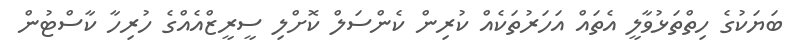
ބަޔަކުގެ ހިތްތަޅުވާލީ އެތައް އަހަރުތަކެއް ކުރިން ކެންސަލް ކޮށްލި ސީރީޒްއެއްގެ ހުރިހާ ކާސްޓުން